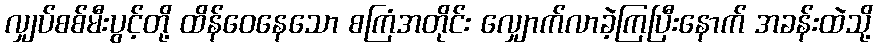
လျှပ်စစ်မီးပွင့်တို့ ထိန်ဝေနေသော စကြံအတိုင်း လျှောက်လာခဲ့ကြပြီးနောက် အခန်းထဲသို့